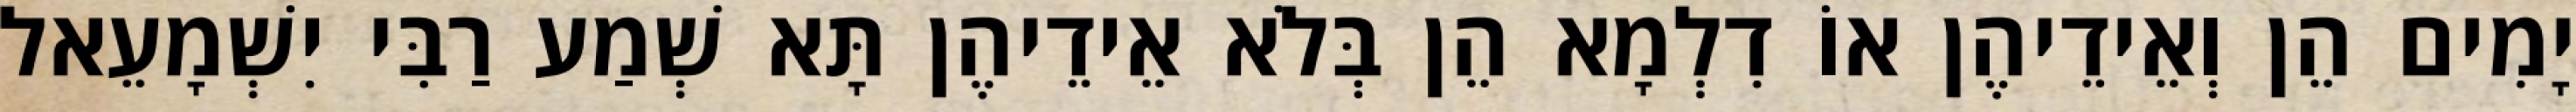
יָמִים הֵן וְאֵידֵיהֶן אוֹ דִלְמָא הֵן בְּלֹא אֵידֵיהֶן תָּא שְׁמַע רַבִּי יִשְׁמָעֵאל